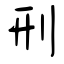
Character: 刑